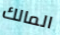
المالك